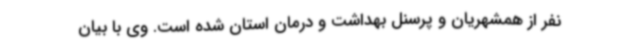
نفر از همشهریان و پرسنل بهداشت و درمان استان شده است‌. وی با بیان